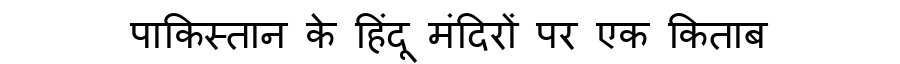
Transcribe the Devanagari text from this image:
पाकिस्तान के हिंदू मंदिरों पर एक किताब